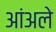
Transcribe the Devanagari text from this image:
आंअले